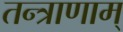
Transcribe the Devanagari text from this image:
तन्त्राणाम्